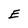
Character: E